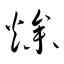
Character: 燥